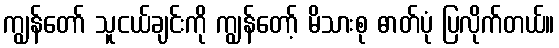
ကျွန်တော် သူငယ်ချင်းကို ကျွန်တော့် မိသားစု ဓာတ်ပုံ ပြလိုက်တယ်။